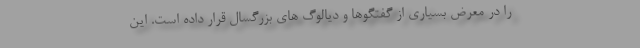
را در معرض بسیاری از گفتگوها و دیالوگ های بزرگسال قرار داده است. این